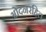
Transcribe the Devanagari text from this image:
ओदनरहित